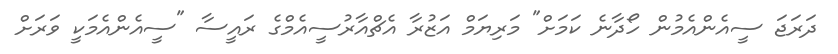
ދަރަޖަ ސީއެންއެމުން ހޯދާނެ ކަމަށް" މަރިޔަމް އަޒުރާ އެޗްއާރުސީއެމްގެ ރައީސާ "ސީއެންއެމަކީ ވަރަށް